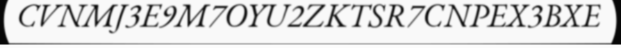
CVNMJ3E9M7OYU2ZKTSR7CNPEX3BXE